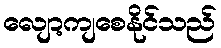
လျော့ကျစေနိုင်သည်